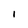
Character: 1